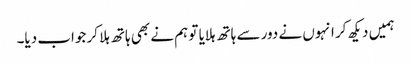
ہمیں دیکھ کر انہوں نے دور سے ہاتھ ہلایا تو ہم نے بھی ہاتھ ہلا کر جواب دیا۔